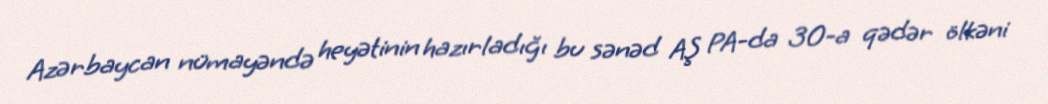
Azərbaycan nümayəndə heyətinin hazırladığı bu sənəd AŞ PA-da 30-a qədər ölkəni